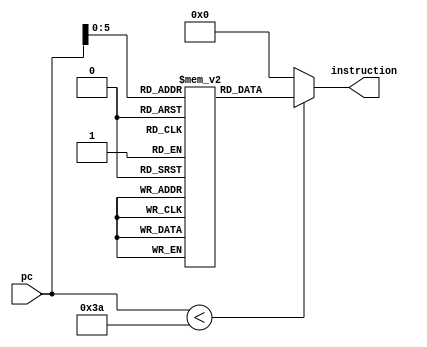
module instr_mem(
    input [31:0] pc,
    output [31:0] instruction
    );
	 
	 
      reg [31:0] instMem[58:0];  
		
      initial  
			begin
						instMem[0] <= 32'b00000000000000000000000000000000;
						instMem[1] <= 32'b00000010001100101000000000100000;		//add $s0, $s1, $s2
						instMem[2] <= 32'b00000010011101001010100000000101;		//or $s5, $s3, $s4
						instMem[3] <= 32'b00000010110101111100000000000100;		//and $s8, $s6, $s7
						instMem[4] <= 32'b00000001000010010101000000100000;		//add $t2, $t0, $t1
						instMem[5] <= 32'b00000001100010110110100000000010;		//sub $t5, $t4, $t3
						instMem[6] <= 32'b00000010011101001010100000100110;		//xor $s5, $s3, $s4
						instMem[7] <= 32'b00100010010100010000000000001100;		//addi $s1, $s2, 12
						
						/*instMem[0] <= 32'b000000 00000 00000 00000 00000 000000;
						instMem[1] <= 32'b000000 10001 10010 10000 00000 100000;		//add $s0, $s1, $s2
						instMem[2] <= 32'b000000 10011 10100 10101 00000 000101;		//or $s5, $s3, $s4
						instMem[3] <= 32'b100011 10110 10111 11000 00000 000100;		//and $s8, $s6, $s7
						instMem[4] <= 32'b000000 01000 01001 01010 00000 100000;		//add $t2, $t0, $t1
						instMem[5] <= 32'b000000 01100 01011 01101 00000 000010;		//sub $t5, $t4, $t3
						instMem[6] <= 32'b000000 01100 01011 01101 00000 000010;		//addi $s1, $s2, 12
						instMem[2] <= 32'b000000 10011 10100 10101 00000 100110;		//xor $s5, $s3, $s4
						
								
						instMem[3] <= 32'b100011 10011 01000 00000 00000 100000;		//lw $t0, 32($s3) 
						
						instMem[] <= 32'b000000 00000 00000 00000 00000 000000;
						instMem[] <= 32'b000000 10001 10010 10000 00000 100000;		//add $s0, $s1, $s2
						instMem[] <= 32'b000000 10011 10001 10010 00000 000101;		//or $s5, $s3, $s4 
						instMem[] <= 32'b100011 10011 01000 00000 00000 100000;		//lw $t0, 32($s3) */
						
		
				
			end  	
      assign instruction = (pc[31:0] < 58 )? instMem[pc]: 32'd0; //Instruction Read

endmodule